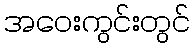
အဝေးကွင်းတွင်